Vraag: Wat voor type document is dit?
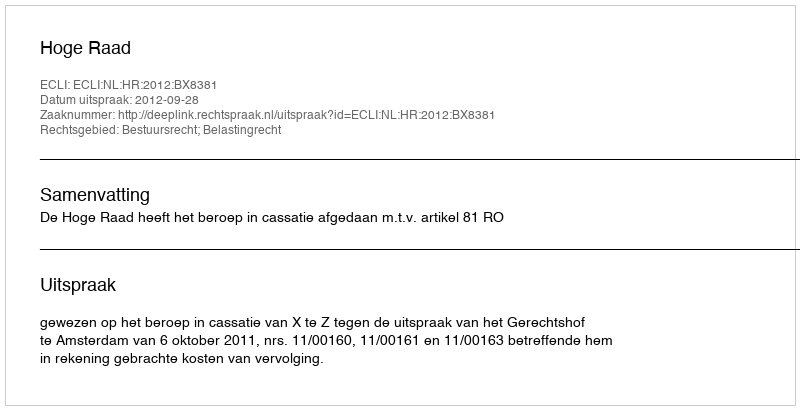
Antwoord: Uitspraak